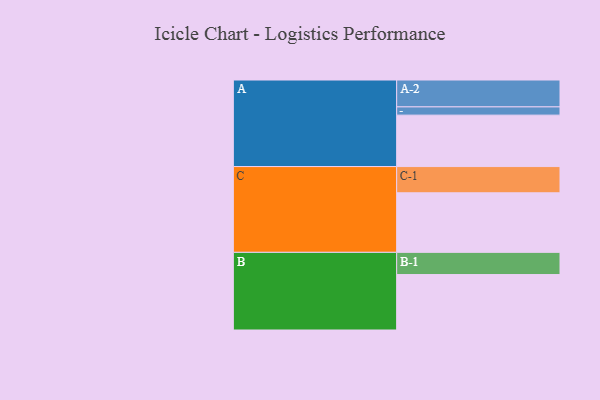
{"axis": {"x": "Segment", "y": "Value"}, "legend": ["", "A", "B", "C"], "data": [{"x": "A", "y": 461, "type": ""}, {"x": "B", "y": 497, "type": ""}, {"x": "C", "y": 534, "type": ""}, {"x": "A-1", "y": 74, "type": "A"}, {"x": "A-2", "y": 241, "type": "A"}, {"x": "B-1", "y": 199, "type": "B"}, {"x": "C-1", "y": 235, "type": "C"}]}